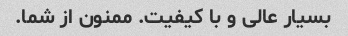
بسیار عالی و با کیفیت. ممنون از شما.